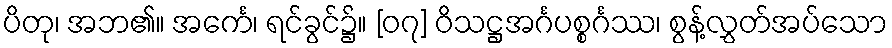
ပိတု၊ အဘ၏။ အင်္ကေ၊ ရင်ခွင်၌။ [၀၇] ဝိသဋ္ဌအင်္ဂပစ္စင်္ဂဿ၊ စွန့်လွှတ်အပ်သော